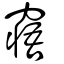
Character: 窹